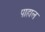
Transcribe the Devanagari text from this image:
पाहाल